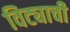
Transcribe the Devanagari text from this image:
विट्याची